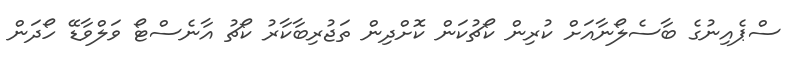
ސްޕެއިނުގެ ބާސެލޯނާއަށް ކުރިން ކޯޗުކަން ކޮށްދިން ތަޖުރިބާކާރު ކޯޗު އާނެސްޓޯ ވަލްވާޑޭ ހޯދަން